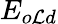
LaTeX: E_{o\mathcal{L}d}